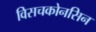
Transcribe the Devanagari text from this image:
विसचकोनसिन